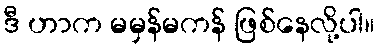
ဒီ ဟာက မမှန်မကန် ဖြစ်နေလို့ပါ။